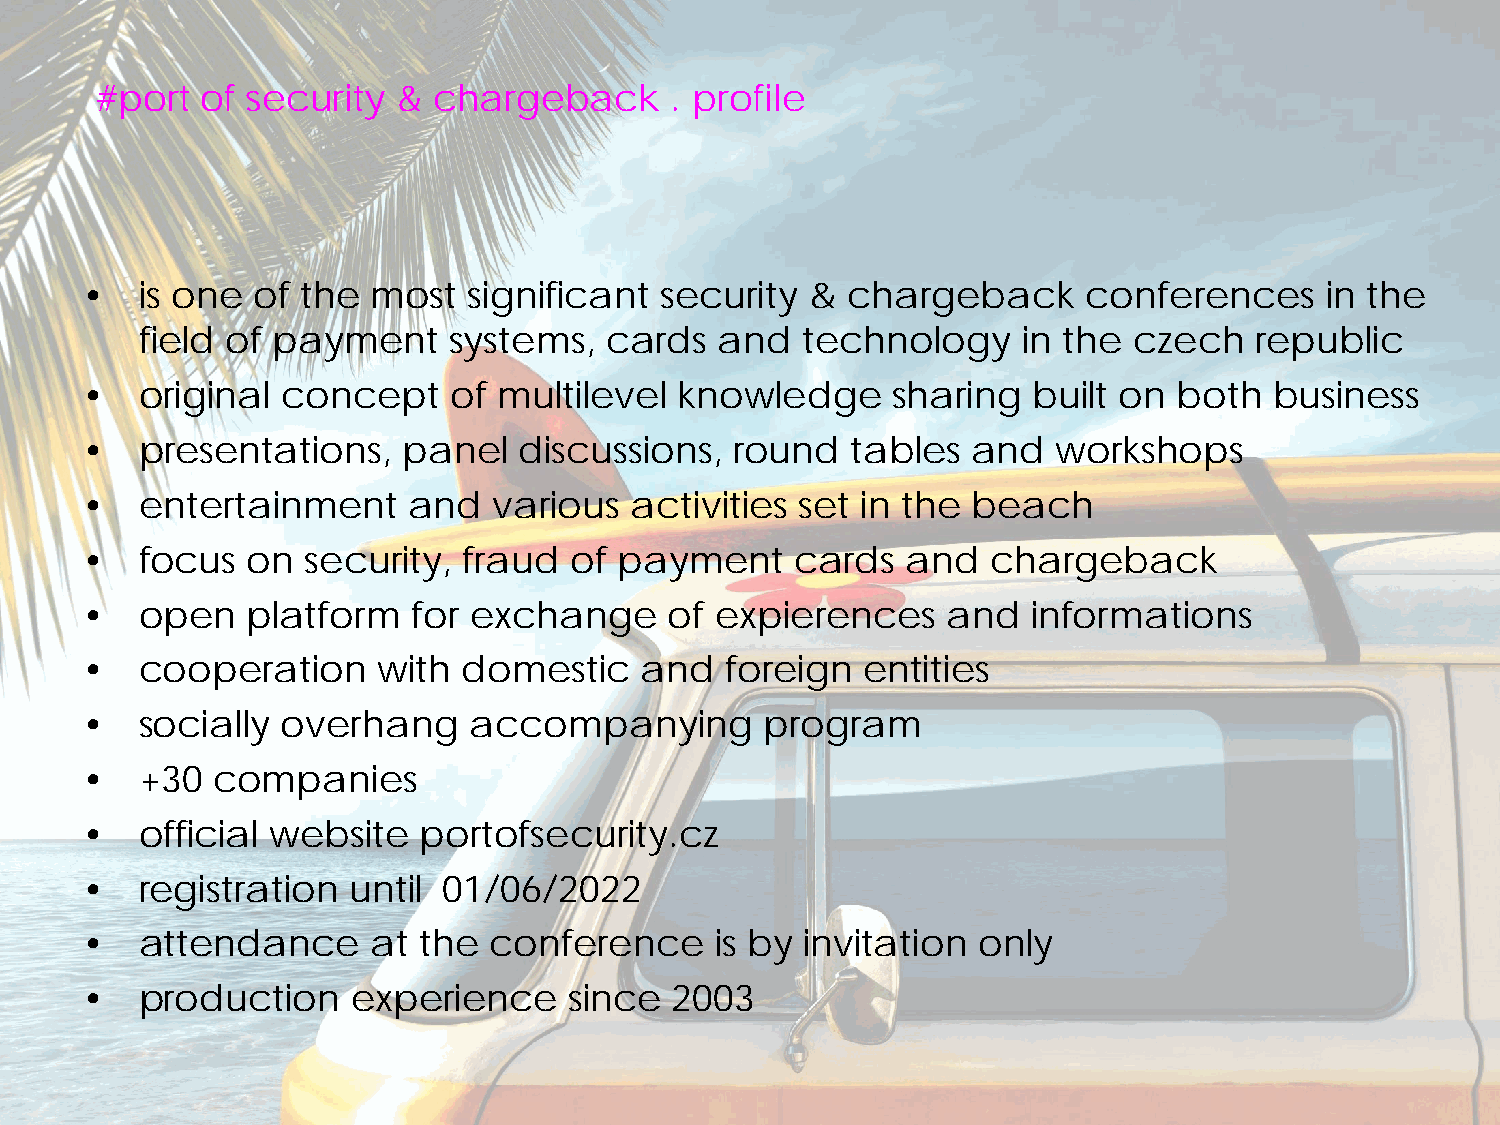
#port  of security  &  chargeback     . profile
 •   is one  of the  most  significant  security  & chargeback      conferences     in the
 field of payment     systems,  cards   and  technology     in the czech   republic
 •   original  concept    of multilevel  knowledge     sharing  built on  both  business
 •   presentations,    panel  discussions,   round  tables  and   workshops
 •   entertainment     and   various  activities set in the beach
 •   focus  on  security,  fraud  of payment     cards  and   chargeback
 •   open   platform   for exchange     of expierences     and  informations
 •   cooperation     with  domestic   and   foreign  entities
 •   socially  overhang    accompanying        program
 •   +30  companies
 •   official website   portofsecurity.cz
 •   registration  until 01/06/2022
 •   attendance      at the conference     is by invitation  only
 •   production    experience     since  2003